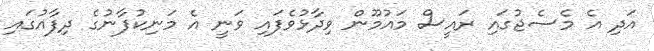
އަދި އެ މެސެޖުގައި ރައީސް މައުމޫން ވިދާޅުވެފައި ވަނީ އެ މަނިކުފާނުގެ ދިފާއުގައި